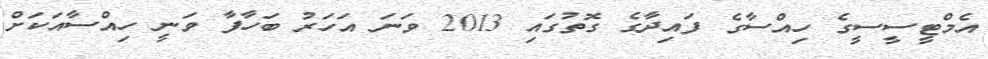
އެމްޓީސީސީގެ ހިއްސާގެ ފައިދާގެ ގޮތުގައި 2013 ވަނަ އަހަރު ބަހާފާ ވަނީ ހިއްސާއަކަށް